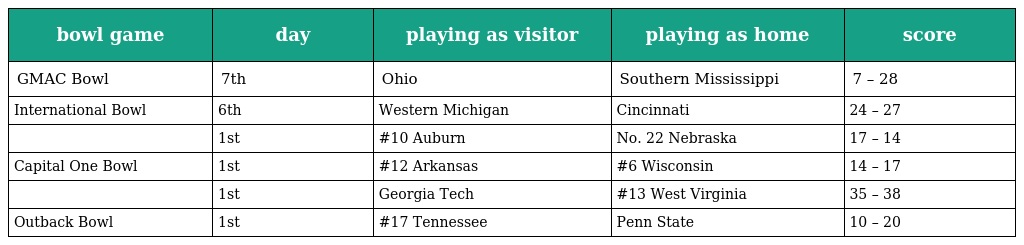
| bowl game | day | playing as visitor | playing as home | score |
 | --- | --- | --- | --- | --- |
 | GMAC Bowl | 7th | Ohio | Southern Mississippi | 7 – 28 |
 | International Bowl | 6th | Western Michigan | Cincinnati | 24 – 27 |
 |  | 1st | #10 Auburn | No. 22 Nebraska | 17 – 14 |
 | Capital One Bowl | 1st | #12 Arkansas | #6 Wisconsin | 14 – 17 |
 |  | 1st | Georgia Tech | #13 West Virginia | 35 – 38 |
 | Outback Bowl | 1st | #17 Tennessee | Penn State | 10 – 20 |